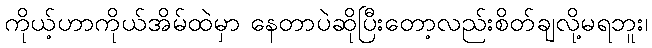
ကိုယ့်ဟာကိုယ်အိမ်ထဲမှာ နေတာပဲဆိုပြီးတော့လည်းစိတ်ချလို့မရဘူး၊